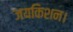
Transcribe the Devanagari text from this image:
जयकिशन।